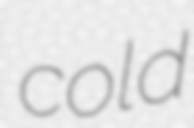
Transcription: cold